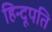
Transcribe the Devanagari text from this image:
हिन्दूपति